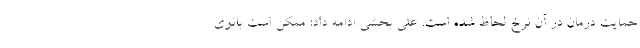
حمایت درمان در آن نرخ لحاظ شده است. علی بخشی ادامه داد: ممکن است بانوی